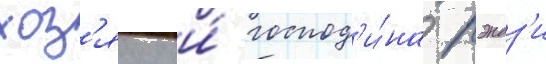
хоз'яику и́ господ'и́на рэндз'и